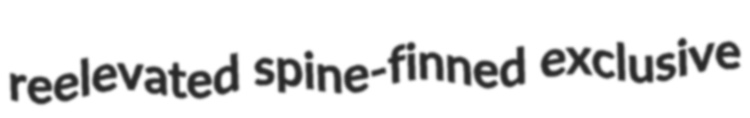
reelevated spine-finned exclusive